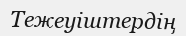
Тежеуіштердің